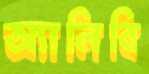
অ্যালিবি